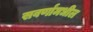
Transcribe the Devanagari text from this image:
सवर्णांमधील